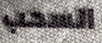
السحب